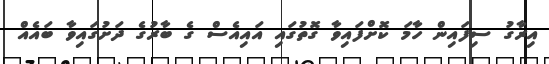
އިރާގު ސިފައިން ހާމަ ކޮށްފައިވާ ގޮތުގައި އައިއެސް ގެ ބާރުގެ ދަށުގައިވާ ބައެއް